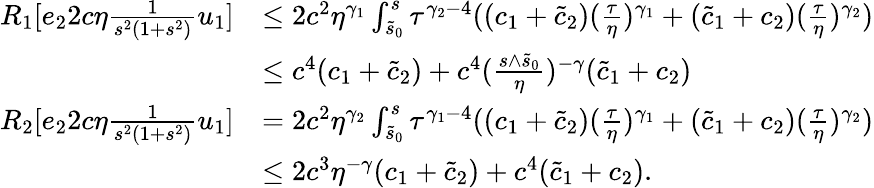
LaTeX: \begin{array}{rl}{R_{1}[e_{2}2c\eta\frac 1{s^{2}(1+s^{2})}u_{1}]}&{\le 2c^{2}\eta^{\gamma_{1}}\int_{\tilde{s}_{0}}^{s}\tau^{\gamma_{2}-4}((c_{1}+\tilde{c}_{2})(\frac\tau\eta)^{\gamma_{1}}+(\tilde{c}_{1}+c_{2})(\frac\tau\eta)^{\gamma_{2}})}\\ &{\le c^{4}(c_{1}+\tilde{c}_{2})+c^{4}(\frac{s\wedge\tilde{s}_{0}}\eta)^{-\gamma}(\tilde{c}_{1}+c_{2})}\\ {R_{2}[e_{2}2c\eta\frac 1{s^{2}(1+s^{2})}u_{1}]}&{=2c^{2}\eta^{\gamma_{2}}\int_{\tilde{s}_{0}}^{s}\tau^{\gamma_{1}-4}((c_{1}+\tilde{c}_{2})(\frac\tau\eta)^{\gamma_{1}}+(\tilde{c}_{1}+c_{2})(\frac\tau\eta)^{\gamma_{2}})}\\ &{\le 2c^{3}\eta^{-\gamma}(c_{1}+\tilde{c}_{2})+c^{4}(\tilde{c}_{1}+c_{2}).}\end{array}